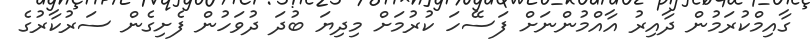
ގާއިމްކުރަމުން ދާއިރު އާއްމުންނަށް ފަސޭހަ ކުރުމަށް މިދިޔަ ބުދަ ދުވަހުން ފެށިގެން ސަރުކާރުގެ